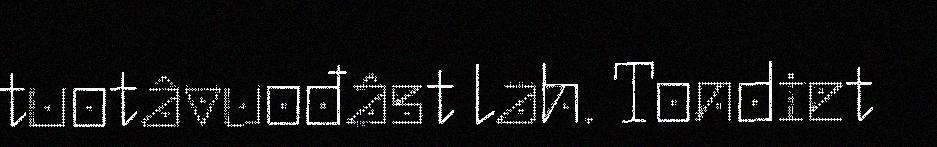
tuotâvuođâst lah. Tondiet